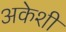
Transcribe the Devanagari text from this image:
अकेशी